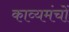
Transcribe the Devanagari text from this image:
काव्यमंचों